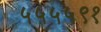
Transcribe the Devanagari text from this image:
५५५५९१